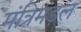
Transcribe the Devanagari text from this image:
मंत्रिमंड़ल